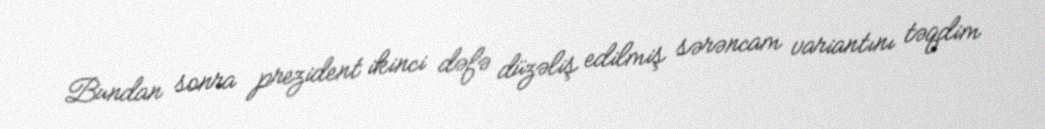
Bundan sonra prezident ikinci dəfə düzəliş edilmiş sərəncam variantını təqdim